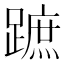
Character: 蹠